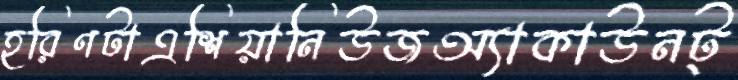
হরিণটাএশিয়ানিউজঅ্যাকাউনট্